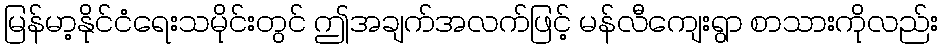
မြန်မာ့နိုင်ငံရေးသမိုင်းတွင် ဤအချက်အလက်ဖြင့် မန်လီကျေးရွာ စာသားကိုလည်း